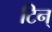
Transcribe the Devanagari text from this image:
टिन्